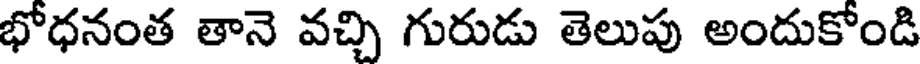
భోధనంత తానె వచ్చి గురుడు తెలుపు అందుకోండి